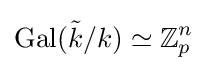
\operatorname {Gal} ({\tilde {k}}/k)\simeq \mathbb {Z} _{p}^{n}